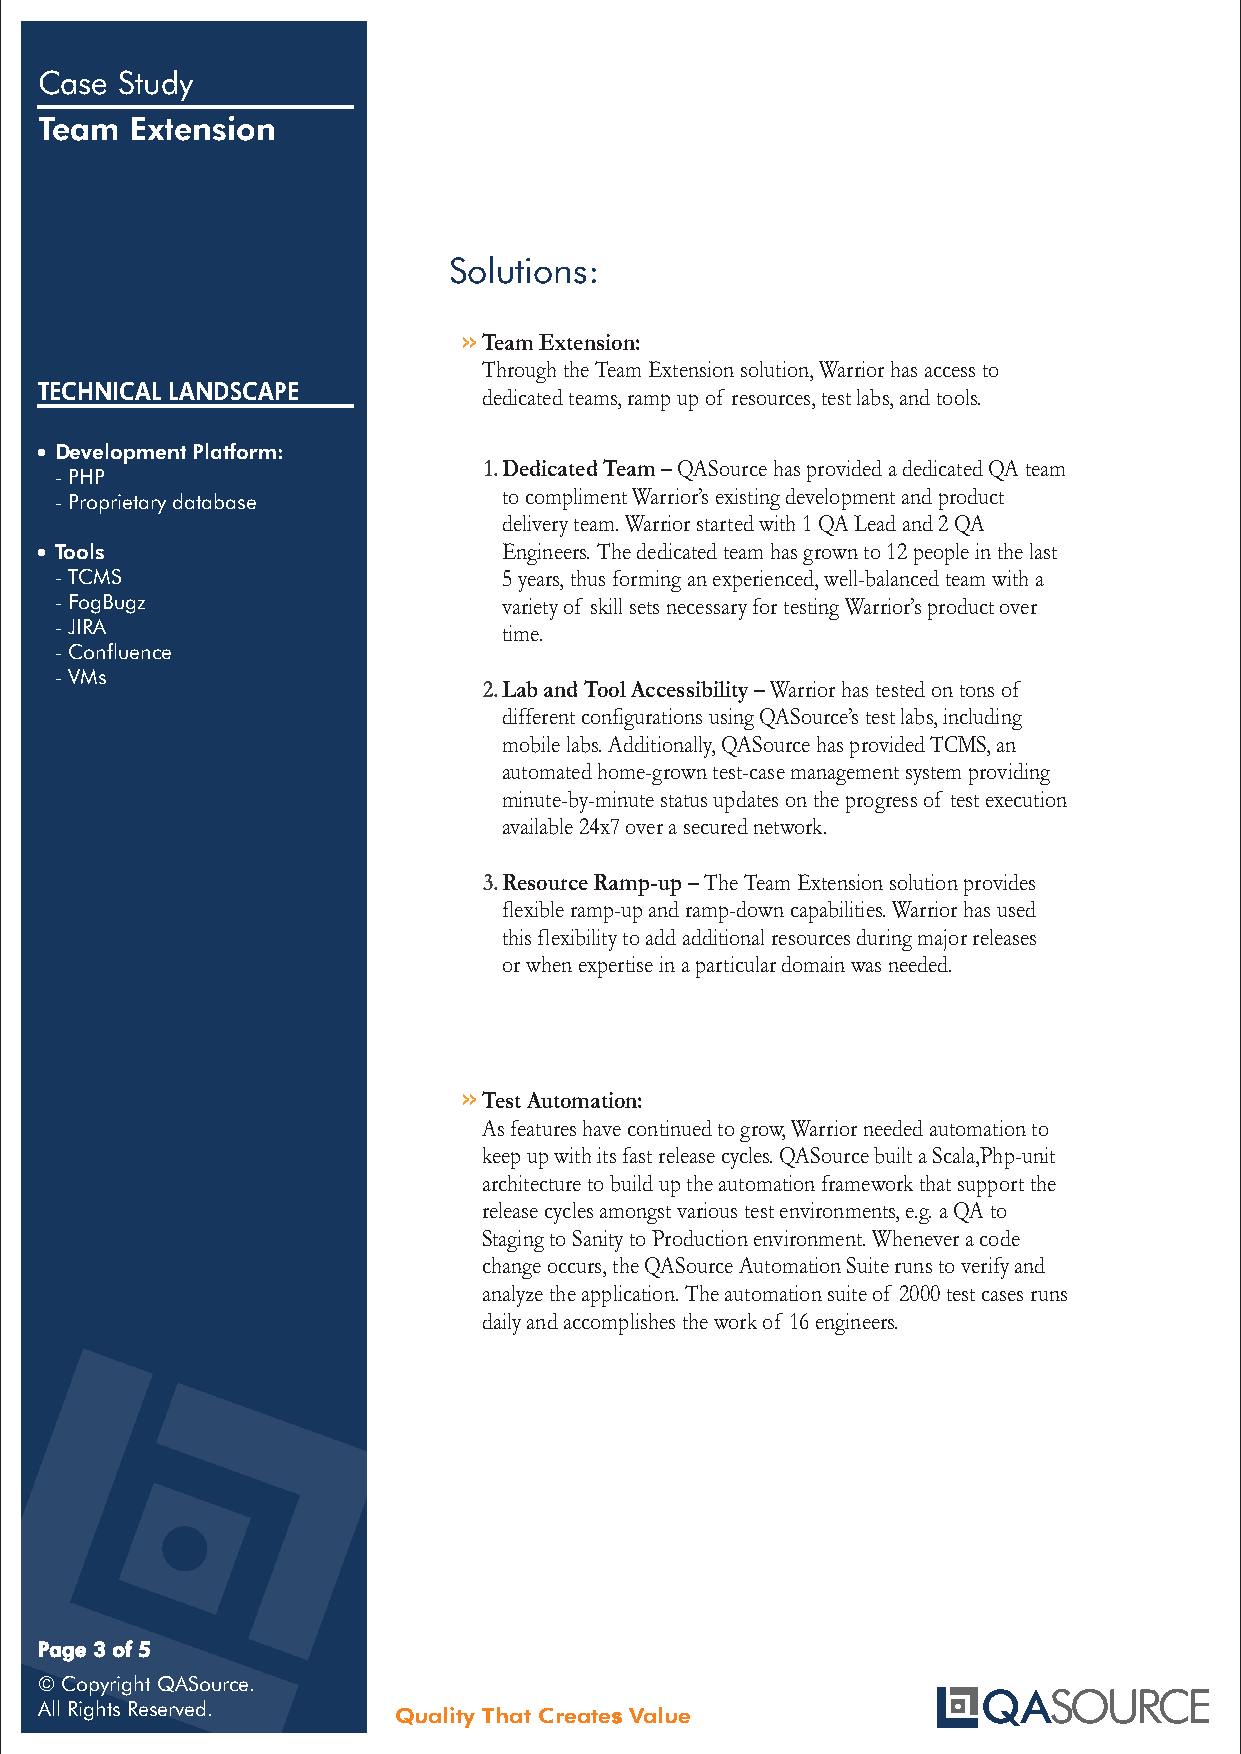
Case  Study
 Team   Extension
 Solutions:
 >>Team Extension:
 Through the Team Extension solution, Warrior has access to
 TECHNICAL LANDSCAPE           dedicated teams, ramp up of resources, test labs, and tools.
 Development Platform:
 1.Dedicated Team – QASource has provided a dedicated QA team
 -PHP
 to compliment Warrior’s existing development and product
 -Proprietary database
 delivery team. Warrior started with 1 QA Lead and 2 QA
 Tools                        Engineers. The dedicated team has grown to 12 people in the last
 -TCMS                        5 years, thus forming an experienced, well-balanced team with a
 -FogBugz                     variety of skill sets necessary for testing Warrior’s product over
 -JIRA                        time.
 -Confluence
 -VMs
 2.Lab and Tool Accessibility – Warrior has tested on tons of
 different configurations using QASource’s test labs, including
 mobile labs. Additionally, QASource has provided TCMS, an
 automated home-grown test-case management system providing
 minute-by-minute status updates on the progress of test execution
 available 24x7 over a secured network.
 3.Resource Ramp-up – The Team Extension solution provides
 flexible ramp-up and ramp-down capabilities. Warrior has used
 this flexibility to add additional resources during major releases
 or when expertise in a particular domain was needed.
 >>Test Automation:
 As features have continued to grow, Warrior needed automation to
 keep up with its fast release cycles. QASource built a Scala,Php-unit
 architecture to build up the automation framework that support the
 release cycles amongst various test environments, e.g. a QA to
 Staging to Sanity to Production environment. Whenever a code
 change occurs, the QASource Automation Suite runs to verify and
 analyze the application. The automation suite of 2000 test cases runs
 daily and accomplishes the work of 16 engineers.
 Page 3 of 5
 © Copyright QASource.
 All Rights Reserved.
 Quality That Creates Value